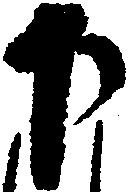
下